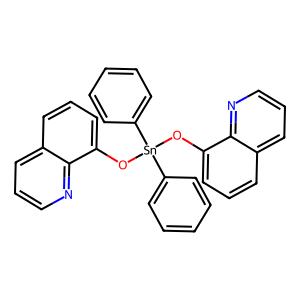
SMILES: c1ccc([Sn](Oc2cccc3cccnc23)(Oc2cccc3cccnc23)c2ccccc2)cc1
Inhibits HIV replication: No